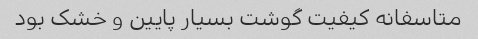
متاسفانه کیفیت گوشت بسیار پایین و خشک بود